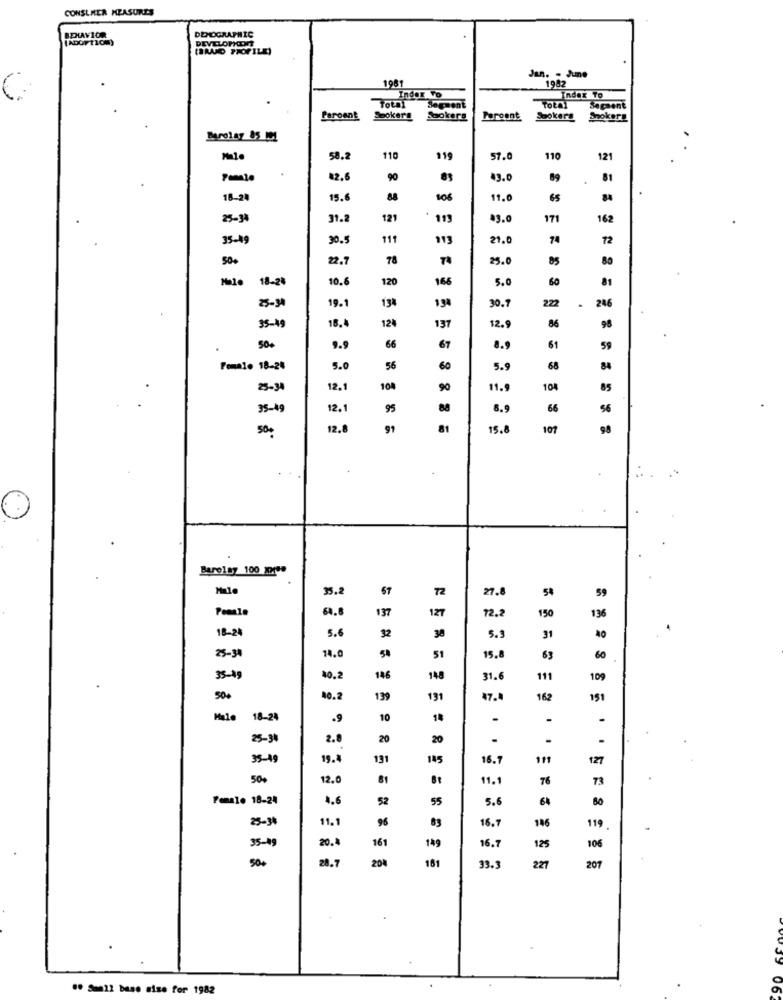
CONSUMER MEASURES
BEHAVIOR
DEMOGRAPHIC
[ADOPtiom)
DEVELOPORT
(BRAND PROFILE)
1981
Jan. - June
1982
C
Index vo
Index To
Total
Segment
Total
Sagaent
Paroent
Spokers
Sookerg
Porcent
Spokers
Smokers
Barolay 85 MM!
58.2
110
119
57.
110
121
82.6
90
43.0
81
18-24
15.6
88
106
11.0
65
84
25-34
31.2
121
113
171
162
35-49
30.
111
113
21.
74
72
50.
22.
78
29.
80
18-24
10.
120
166
5.0
60
81
85-9
19.
13%
194
30.7
222
.
24
35-49
12%
12.
86
98
18.
137
500
9.9
66
67
8.9
61
59
Female 18-24
5.0
56
60
5.9
68
25-34
12.1
104
90
11.9
104
85
35-49
12.
95
88
8.9
66
56
500
12.
91
81
15.0
107
98
Bare18y 100 9499
35.2
57
72
27.
54
6.8
137
72.2
150
18-24
5.6
32
5.9
31
25-34
14.0
50
51
15.
63
35-49
40.2
146
148
31.6
111
109
50€
10.2
139
191
47.4
162
151
Male
18-24
.9
10
14
-
25-34
2.8
20
20
35-19
19.
131
145
16.1
127
50%
12.0
81
11.1
76
73
Female 18-24
4.6
52
55
5.6
64
25-34
11.1
96
83
16.7
146
119
20.4
161
35-09
149
16.
125
106
50+
28.7
20%
161
33.3
221
201
.. San12 base size for 1982